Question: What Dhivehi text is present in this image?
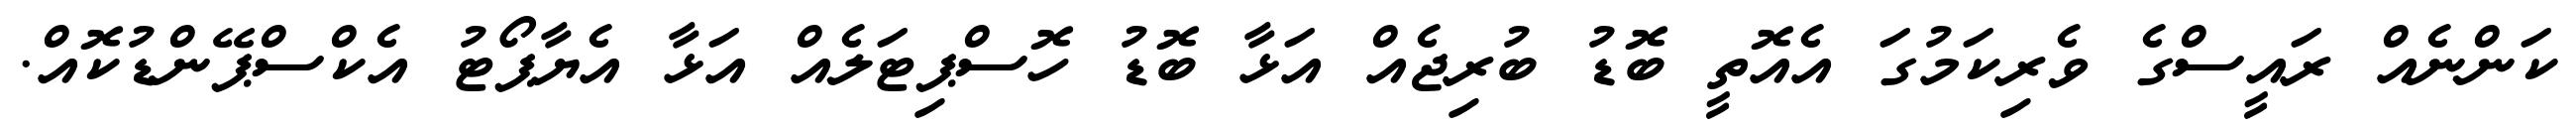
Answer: ކަންނެއް ރައީސްގެ ވެރިކަމުގަ އެއޮތީ ބޮޑު ބުރިޖެއް އަޅާ ބޮޑު ހޮސްޕިޓަލެއް އަޅާ އެޔާޕޯޓު އެކްސްޕޭންޑުކޮއް.